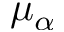
\mu _ { \alpha }